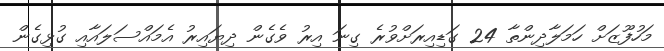
މަހުފޫޒަށް ހަމަލާދިންތާ 24 ގަޑިއިރަށްވުރެ ގިނަ އިރު ވެގެން ދިޔައިރު އެމައްސަލައާއި ގުޅިގެން